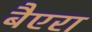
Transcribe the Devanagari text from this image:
बैएरा